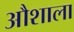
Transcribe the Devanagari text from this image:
औशाला